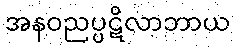
အနဝညပ္ပဋိလာဘာယ